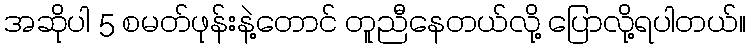
အဆိုပါ 5 စမတ်ဖုန်းနဲ့တောင် တူညီနေတယ်လို့ ပြောလို့ရပါတယ်။